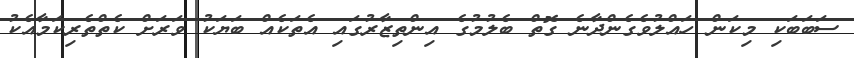
ސަބަބަކި މިކަން ހައްލުވެގެންދާނެ ގޮތް ބެލުމުގެ އިންތިޒާރުގައި އެތަކެއް ބަޔަކު ވަރަށް ކެތްތެރިކަމާއެކު